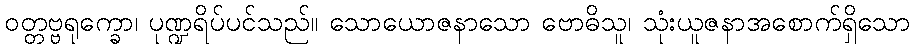
ဝတ္တဗ္ဗရုက္ခော၊ ပုဏ္ဍရိပ်ပင်သည်။ သောယောဇနာသော ဗောဓိသူ၊ သုံးယူဇနာအစောက်ရှိသော